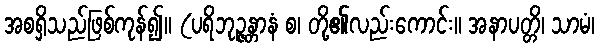
အစရှိသည်ဖြစ်ကုန်၍။ (ပရိဘုဉ္ဇန္တာနံ စ၊ တို့၏လည်းကောင်း။ အနာပတ္တိ၊ သာမံ၊